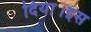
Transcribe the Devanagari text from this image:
दिया।इस